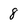
Character: 8